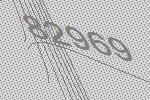
82969